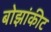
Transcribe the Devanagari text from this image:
बोझांकीट